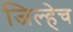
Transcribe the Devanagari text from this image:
जिल्हेच